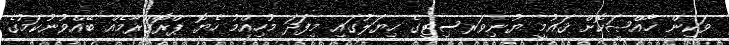
ވަކިން ޚާއްޞަކޮށް ޤައުމީ ޔުނިވަރސިޓީގެ ހިޔަލުގައި މިފަދަ މުހިއްމު ހެޔޮ ޕްރޮގްރާމެއް ބޭއްވުނުކަމުގެ